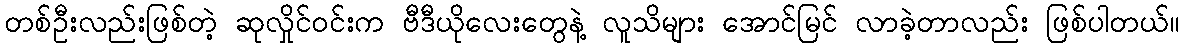
တစ်ဦးလည်းဖြစ်တဲ့ ဆုလှိုင်ဝင်းက ဗီဒီယိုလေးတွေနဲ့ လူသိများ အောင်မြင် လာခဲ့တာလည်း ဖြစ်ပါတယ်။